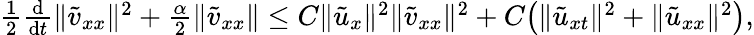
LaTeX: \begin{array}{r}{\frac 12\frac{\mathrm{d}}{\mathrm{d}t}\| {\tilde{v}}_{xx}\| ^{2}+\frac{\alpha}{2}\| \tilde{v}_{xx}\| \le C\| {\tilde{u}}_{x}\| ^{2}\| {\tilde{v}}_{xx}\| ^{2}+C\big(\| {\tilde{u}}_{xt}\| ^{2}+\| {\tilde{u}}_{xx}\| ^{2}\big),}\end{array}